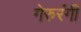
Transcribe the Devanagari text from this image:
गेरुरंगी